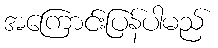
အကြောင်းပြန်ပါမည်